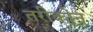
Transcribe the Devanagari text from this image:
तरीकोन